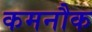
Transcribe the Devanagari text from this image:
कमनौक